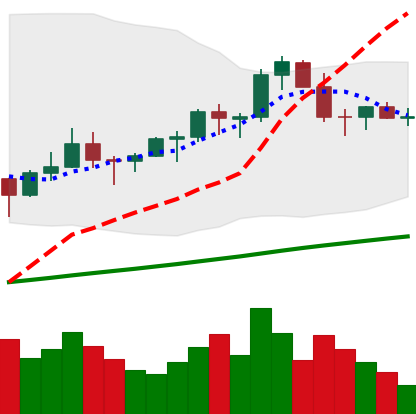
Ticker: LTC-USD
Chart end date: 2021-03-19
Forward return: -11.642%
Label: down_7plus